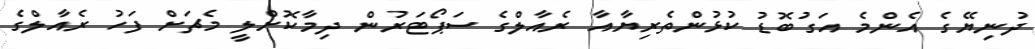
ދުނިޔޭގެ އެންމެ އަގުބޮޑު ކުޅުންތެރިޔާއާ ރެއާލްގެ ސަޕޯޓަރުން ދިމާކޮށްލީ މެޗަށް ފަހު ރެއާލްގެ